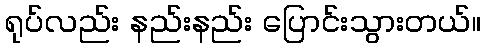
ရုပ်လည်း နည်းနည်း ပြောင်းသွားတယ်။